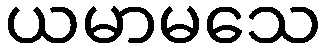
ယမာမသေ